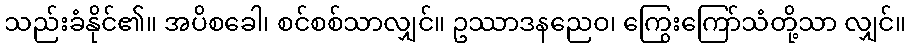
သည်းခံနိုင်၏။ အပိစခေါ၊ စင်စစ်သာလျှင်။ ဥဿာဒနညေဝ၊ ကြွေးကြော်သံတို့သာ လျှင်။